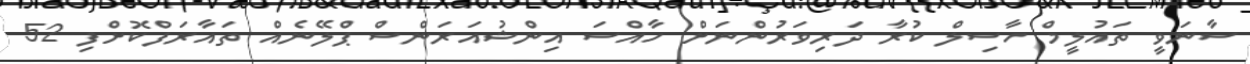
ސާނަވީ ތައުލީމް ހާސިލް ކުރާ ދަރިވަރުންނަށް ހާއްސަ އިންޝުއަރަންސް ޕްލޭނެއް ތައާރަފްކޮށްފި 52